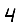
Digit: 4